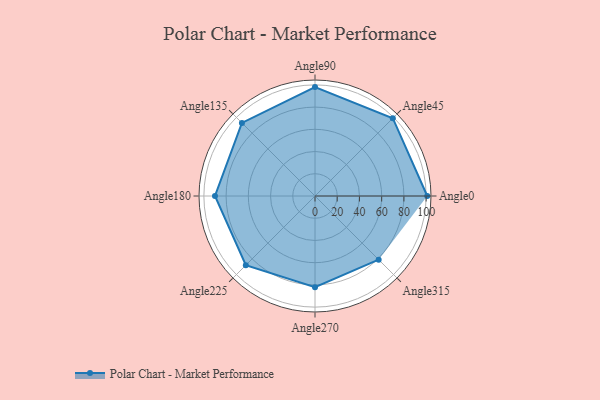
{"axis": {"x": "Angle", "y": "Radius"}, "legend": [""], "data": [{"x": "Angle0", "y": 101.0, "type": ""}, {"x": "Angle45", "y": 99.0, "type": ""}, {"x": "Angle90", "y": 98.0, "type": ""}, {"x": "Angle135", "y": 93.0, "type": ""}, {"x": "Angle180", "y": 90.0, "type": ""}, {"x": "Angle225", "y": 88.0, "type": ""}, {"x": "Angle270", "y": 82.0, "type": ""}, {"x": "Angle315", "y": 81.0, "type": ""}]}